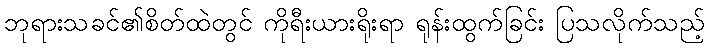
ဘုရားသခင်၏စိတ်ထဲတွင် ကိုရီးယားရိုးရာ ရုန်းထွက်ခြင်း ပြသလိုက်သည့်